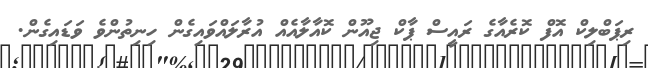
ރިޕަބްލިކް އޮފް ކޮރެއާގެ ރައީސް ޕާކް ޖިއޫން ކޮއާލާއެއް އުރާލައްވައިގެން ހިނިތުންވެ ވަޑައިގެން.